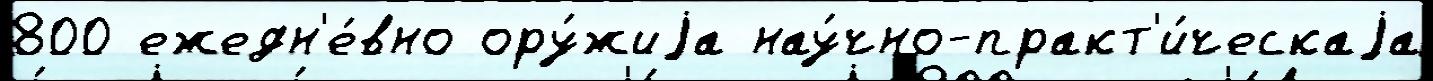
800 ежедн'е́вно ору́жиjа нау́чно-практ'и́ческаjа